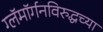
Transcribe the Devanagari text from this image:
ग्लॅमॉर्गनविरुद्धच्या